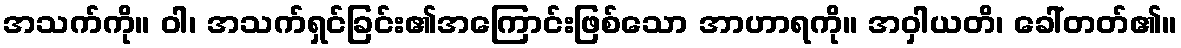
အသက်ကို။ ဝါ၊ အသက်ရှင်ခြင်း၏အကြောင်းဖြစ်သော အာဟာရကို။ အဝှါယတိ၊ ခေါ်တတ်၏။